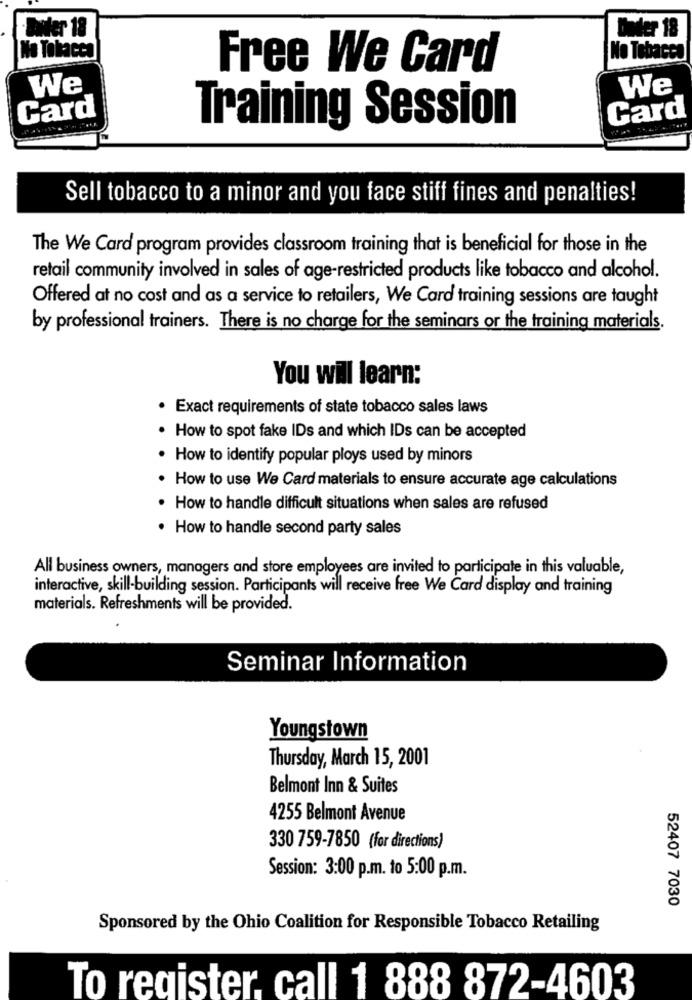
-Border 18
Under 18
No Tobacco
No Tobacco
Free We Card
We
We
Card
Card
Training Session
Sell tobacco to a minor and you face stiff fines and penalties!
The We Card program provides classroom training that is beneficial for those in the
retail community involved in sales of age-restricted products like tobacco and alcohol.
Offered at no cost and as a service to retailers, We Card training sessions are taught
by professional trainers. There is no charge for the seminars or the training materials.
You will learn:
Exact requirements of state tobacco sales laws
How to spot fake IDs and which IDs can be accepted
How to identify popular ploys used by minors
How to use We Card materials to ensure accurate age calculations
How to handle difficult situations when sales are refused
. How to handle second party sales
All business owners, managers and store employees are invited to participate in this valuable,
interactive, skill-building session. Participants will receive free We Card display and training
materials. Refreshments will be provided.
Seminar Information
Youngstown
Thursday, March 15, 2001
Belmont Inn & Suites
4255 Belmont Avenue
330 759-7850 (for directions)
Session: 3:00 p.m. to 5:00 p.m.
52407 7030
Sponsored by the Ohio Coalition for Responsible Tobacco Retailing
To register. call 1 888 872-4603